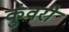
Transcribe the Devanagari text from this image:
कुंवरी